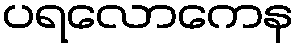
ပရလောကေန